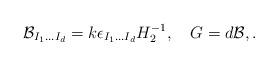
LaTeX: \begin{align*}{\cal B}_{I_{1}...I_{d}}=k \epsilon_{I_{1}...I_{d}}H_{2}^{-1}, ~~~G=d{\cal B},. \end{align*}